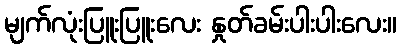
မျက်လုံးပြူးပြူးလေး နှုတ်ခမ်းပါးပါးလေး။